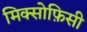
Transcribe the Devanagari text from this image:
मिक्सोफ़िसी